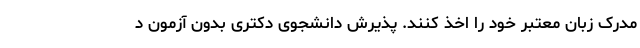
مدرک زبان معتبر خود را اخذ کنند. پذیرش دانشجوی دکتری بدون آزمون د